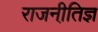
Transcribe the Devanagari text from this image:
राजनीति़ज्ञ